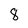
Character: 8